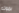
بموته